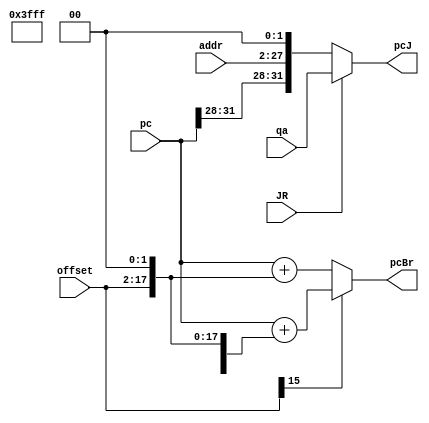


module NPC(JR,qa,pc,addr,offset,pcBr,pcJ);
	//input [1:0]npccontrol;
	input [31:0]pc,qa;
	input [25:0]addr;
	input [15:0]offset;
	input JR;

	output [31:0]pcBr;
	output [31:0]pcJ;
	

	reg [31:0]pcBr;
	reg [31:0]pcJ;
always@(*)
begin
	if(offset[15])
	pcBr=pc+{{14{1'b1}},offset,2'b00};
	else
	pcBr=pc+{{14{1'b0}},offset,2'b00};
	if(!JR)
	pcJ={pc[31:28],addr,2'b00};
	else
	pcJ=qa;
end


endmodule